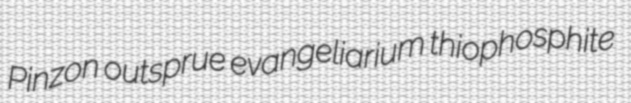
Pinzon outsprue evangeliarium thiophosphite